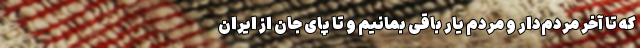
که تا آخر مردم‌دار و مردم یار ‌باقی بمانیم و تا پای جان از ایران